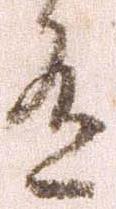
有